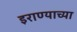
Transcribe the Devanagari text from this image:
इराण्याच्या